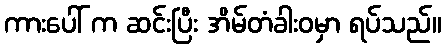
ကားပေါ် က ဆင်းပြီး အိမ်တံခါးဝမှာ ရပ်သည်။